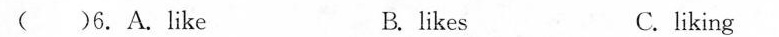
( ) 6.A.like B.likes C.liking